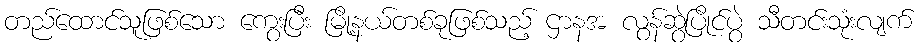
တည်ထောင်သူဖြစ်သော ကွေးပြီး မြို့နယ်တစ်ခုဖြစ်သည့် ဌာနအ လွန်ဆွဲပြိုင်ပွဲ သီတင်းသုံးလျက်